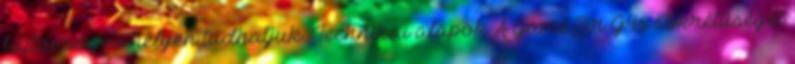
biztonságos helyen tudhatjuk. Technikai alapok A GameSir G4s sokrétűségét